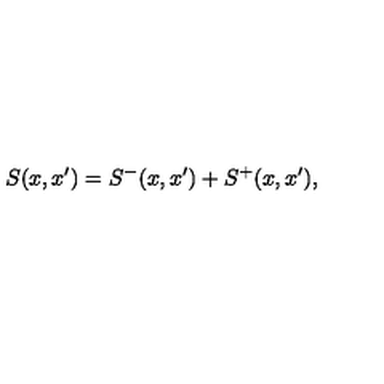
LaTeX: S ( x , x ^ { \prime } ) = S ^ { - } ( x , x ^ { \prime } ) + S ^ { + } ( x , x ^ { \prime } ) ,